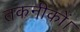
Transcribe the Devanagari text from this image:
तकनीकों।